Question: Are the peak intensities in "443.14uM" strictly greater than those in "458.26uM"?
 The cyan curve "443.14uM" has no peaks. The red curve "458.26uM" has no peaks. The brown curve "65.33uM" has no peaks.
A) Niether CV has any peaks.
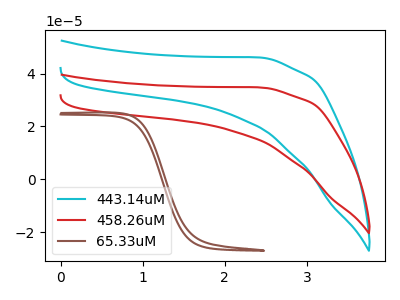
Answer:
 <answer>A) Niether CV has any peaks.</answer>
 <eval>A</eval>